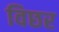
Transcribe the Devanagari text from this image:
विछर